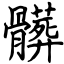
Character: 髒